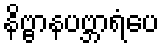
နိဗ္ဗာနပဗ္ဘာရံပေ